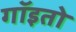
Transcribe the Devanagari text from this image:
गॉइतो